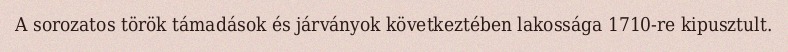
A sorozatos török támadások és járványok következtében lakossága 1710-re kipusztult.